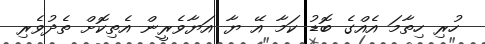
ހުރި ހިތާމަ އެއްގެ ބޮޑު ކަމާ އޭ ޔާ އަޔާވެރީން އެތިކޮށް ތެދުވެރި